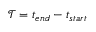
\mathcal { T } = t _ { e n d } - t _ { s t a r t }